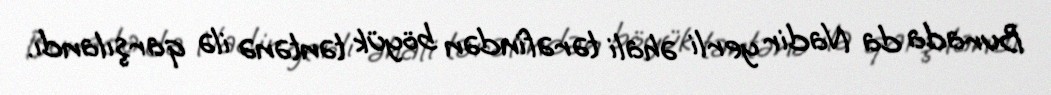
Burada da Nadir yerli əhali tərəfindən böyük təntənə ilə qarşılandı.